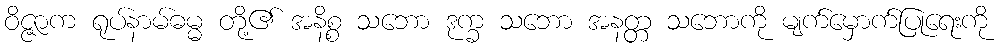
ဝိဇ္ဇာက ရုပ်နာမ်ဓမ္မ တို့၏ အနိစ္စ သဘော ဒုက္ခ သဘော အနတ္တ သဘောကို မျက်မှောက်ပြုရေးကို